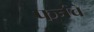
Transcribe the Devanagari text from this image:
फर्नचे